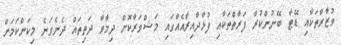
ވުޒާރާތަކާއި ޑޭޓާ ބޭނުންކުރާ ފަރާތްތަކާއި ފުޅާދާއިރާއެއްގައި މަޝްވަރާކޮށް ދިމާވާ ދަތިތައް ދެނެގަނެ މިކަންކަމަށް